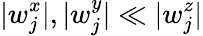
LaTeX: |w_{j}^{x}|,|w_{j}^{y}|\ll|w_{j}^{z}|